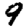
Digit: 9